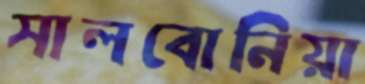
সালবোনিয়া